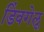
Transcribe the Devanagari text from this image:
डिंवगेलू